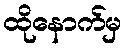
ထိုနောက်မှ